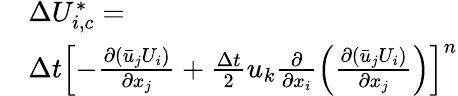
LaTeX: \begin{array}{rl}&{\Delta U_{i,c}^{*}=}\\ &{\Delta t{{\left[-\frac{\partial\left({{{\bar{u}}}_{j}}{{U}_{i}}\right)}{\partial{{x}_{j}}}+\frac{\Delta t}{2}{{u}_{k}}\frac{\partial}{\partial{{x}_{i}}}\left(\frac{\partial\left({{{\bar{u}}}_{j}}{{U}_{i}}\right)}{\partial{{x}_{j}}}\right)\right]}^{n}}}\end{array}